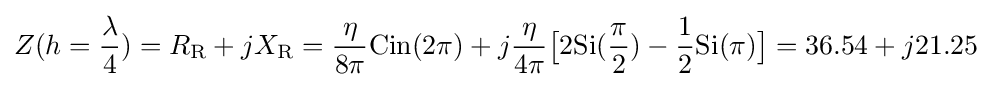
Z(h={\lambda  \over 4})=R_{\text{R}}+jX_{\text{R}}={\eta  \over 8\pi }{\text{Cin}}(2\pi )+j{\eta  \over 4\pi }{\big [}2{\text{Si}}({\pi  \over 2})-{1 \over 2}{\text{Si}}(\pi ){\big ]}=36.54+j21.25